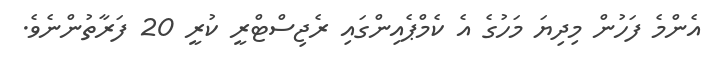
އެންމެ ފަހުން މިދިޔަ މަހުގެ އެ ކެމްޕެއިންގައި ރެޖިސްޓްރީ ކުރީ 20 ފަރާތުންނެވެ.